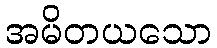
အမိတယသော